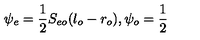
\psi _ { e } = { \frac { 1 } { 2 } } S _ { e o } ( l _ { o } - r _ { o } ) , \psi _ { o } = { \frac { 1 } { 2 } }